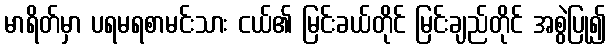
မာရိတ်မှာ ပရမရစာမင်းသား ငယ်၏ မြင်းခယ်တိုင် မြင်းချည်တိုင် အစွဲပြု၍